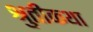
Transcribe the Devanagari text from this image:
श्रुतीकथा